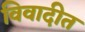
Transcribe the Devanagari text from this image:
विवादीत